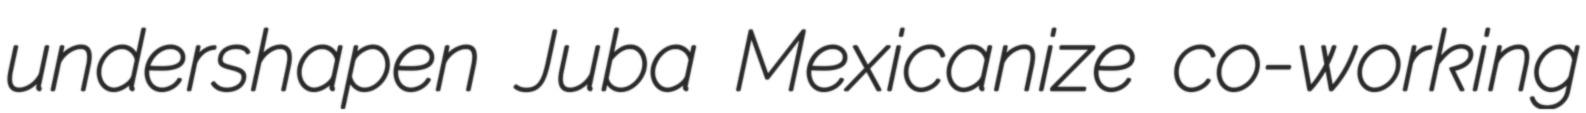
undershapen Juba Mexicanize co-working